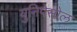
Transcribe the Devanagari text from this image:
युनिपेसोल